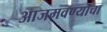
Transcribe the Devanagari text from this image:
आजमवण्याचा